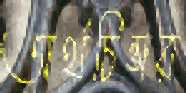
অর্থচিন্তার